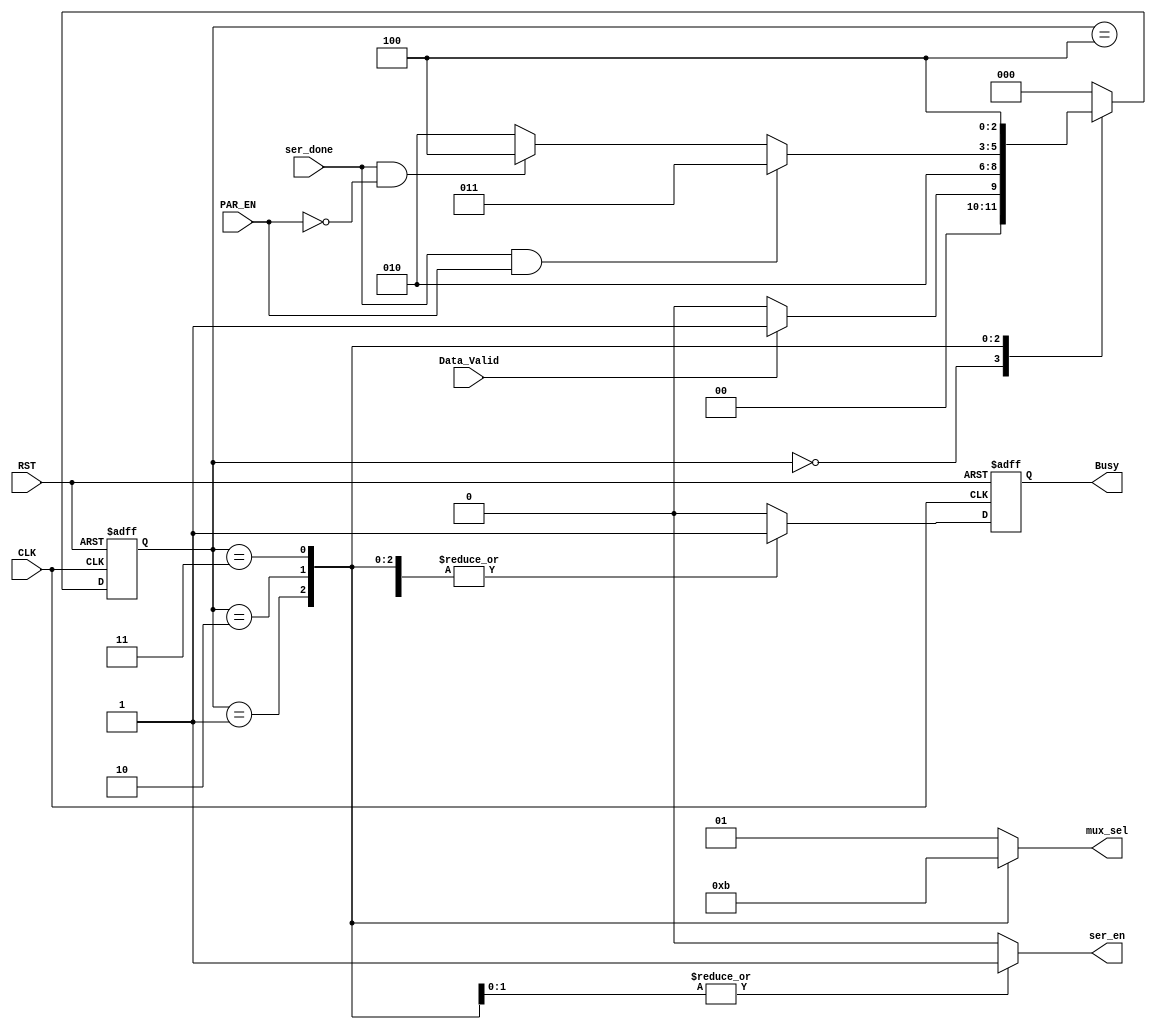
/*
File Name:FSM.v
Module: FSM
Description:FSM take a 
---------------------- 
Module mapping:
 
FSM fsm_tx (
.Data_Valid ()     ,
.ser_done   ()     ,
.PAR_EN     ()     ,
.CLK        ()     ,
.RST        ()     ,
.mux_sel    ()     ,
.ser_en     ()     ,
.Busy       ()
                  );
*/

module  FSM (
input   wire               Data_Valid   ,
input   wire               ser_done     ,
input   wire               PAR_EN       ,
input   wire               CLK          ,
input   wire               RST          ,
output  reg      [1:0]     mux_sel      ,
output  reg                ser_en       ,
output  reg                Busy
                                       );
//Internal signals
reg busy_reg;//to get output from flipflop

//Local parameters used (IDLE,START,DATA,PARITY,STOP)
localparam  IDLE    = 3'b000            ,
            START   = 3'b001            ,
            DATA    = 3'b010            ,
            PARITY  = 3'b011            ,
            STOP    = 3'b100            ;
            
//Finite State Machine Current State and Next State
reg [2:0] Current_State                 ;
reg [2:0] Next_State                    ;

//Always sequntial for FSM Current_State
always  @ (posedge  CLK or  negedge RST)
begin
  if  (!RST)
    begin
      Current_State   <=    IDLE         ;
    end
  else
    begin
      Current_State   <=    Next_State   ;  
    end
end
//Always  Combinationl  For FSM Next_State
always  @ (*)
begin
  case(Current_State)
    IDLE  : 
      begin
        if(Data_Valid)
          begin
            Next_State  =   START         ;
          end
        else
          begin
            Next_State  =   IDLE          ;
          end
        end
    START :
      begin
         Next_State     =   DATA          ;
      end
    DATA  :
      begin
         if(ser_done &&  PAR_EN)
           begin
             Next_State  =  PARITY        ;
           end
        else  if(ser_done &&  !PAR_EN)
          begin
            Next_State    = STOP          ;
          end
        else
          begin
             Next_State   = DATA          ;
          end
      end
    PARITY :
     begin
       Next_State         = STOP          ;
     end
    STOP   :
      begin
            Next_State  =   IDLE          ;
      end
    default:
      begin
        Next_State        = IDLE          ;
      end
  endcase      
end

/*Always  combinational OUT PUT FROM THE FSM block logic (mux_sel,busy_reg,ser_en)
---------
for mux_sel....(MUX   4x1:
2'b00:out=1'b0;//start
2'b01:out=1'b1;//stop or IDLE
2'b10:out=ser_data;//DATA
2'b11:out=par_bit;//PARITY
*/
always @  (*)
begin
        busy_reg    =   1'b0    ;
        ser_en      =   1'b0    ;
        mux_sel     =   2'b01   ;
  
  case(Current_State)
    IDLE    :
      begin
        busy_reg    =   1'b0    ;
        ser_en      =   1'b0    ;
        mux_sel     =   2'b01   ;
      end
    START   :
      begin
        busy_reg    =   1'b1    ;
        ser_en      =   1'b0    ;
        mux_sel     =   2'b00   ;  
      end
    DATA    :
      begin
        busy_reg    =   1'b1    ;
        ser_en      =   1'b1    ;
        mux_sel     =   2'b10   ;  
      end
    PARITY  :
      begin
        busy_reg    =   1'b1    ;
        ser_en      =   1'b1    ;
        mux_sel     =   2'b11   ;   
      end
    STOP    :
      begin
            busy_reg    =   1'b1    ;
            ser_en      =   1'b0    ;
            mux_sel     =   2'b01   ;   
       end
    default:
      begin
        busy_reg    =   1'b0    ;
        ser_en      =   1'b0    ;
        mux_sel     =   2'b01   ; 
      end
    endcase
end
//always sequntial for busy out 
always  @ (posedge  CLK or  negedge RST)
begin
  if(!RST)
    begin
      Busy          <=    1'b0  ;
    end
  else
    begin
      Busy          <=    busy_reg;
    end
end
endmodule